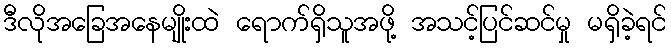
ဒီလိုအခြေအနေမျိုးထဲ ရောက်ရှိသူအဖို့ အသင့်ပြင်ဆင်မှု မရှိခဲ့ရင်